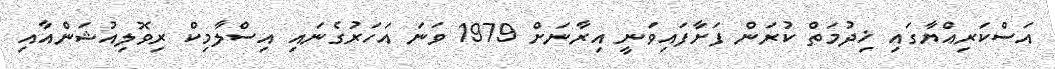
އަސްކަރިއްޔާގައި ޚިދުމަތް ކުރަން ފަށާފައިވަނީ އިރާނަށް 1979 ވަނަ އަހަރުގެނައި އިސްލާމިކް ރިވޮލިއުޝަންއާއި